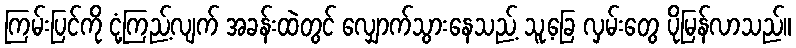
ကြမ်းပြင်ကို ငုံ့ကြည့်လျက် အခန်းထဲတွင် လျှောက်သွားနေသည့် သူ့ခြေ လှမ်းတွေ ပိုမြန်လာသည်။